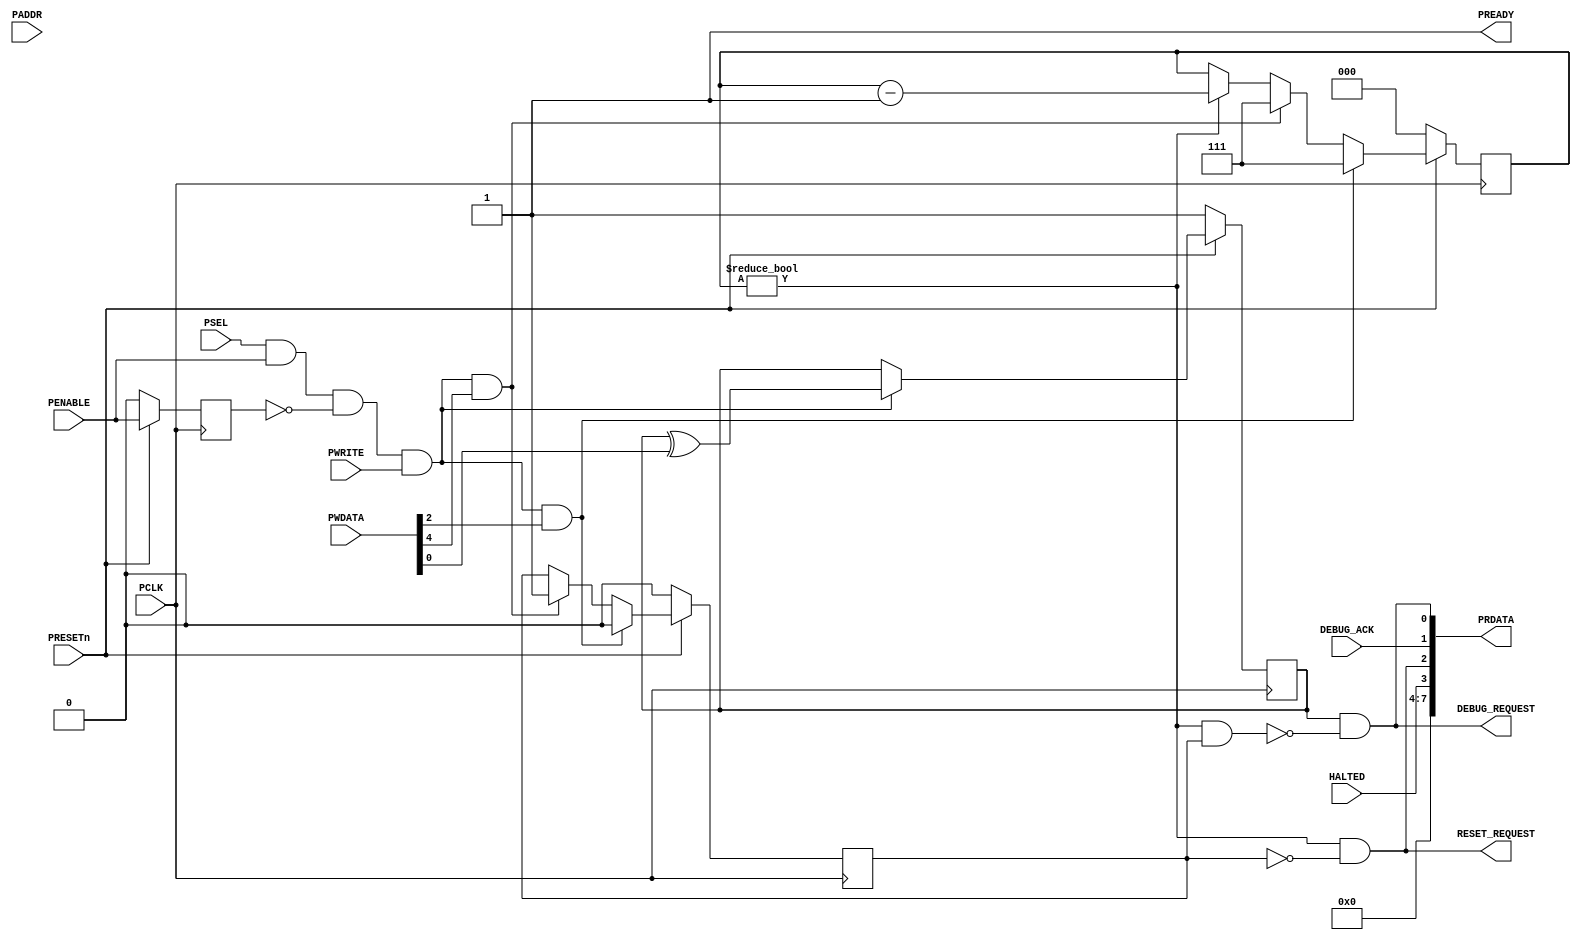
module status_reg(
  input wire         PCLK,
  input wire         PRESETn,

  input wire         PSEL,
  input wire   [4:0] PADDR,
  input wire         PENABLE,
  input wire         PWRITE,
  input wire   [7:0] PWDATA,
  output wire  [7:0] PRDATA,
  output wire        PREADY,

  output wire        DEBUG_REQUEST,
  input wire         DEBUG_ACK,

  output wire        RESET_REQUEST,
  input wire         HALTED
);
  reg debug_request;
  always @(posedge PCLK)
    begin
      if (~PRESETn)
        debug_request <= 1'b1;
      else if (PSEL & PENABLE & ~previous_enable & PWRITE)
        debug_request <= debug_request ^ PWDATA[0];
    end

  localparam COUNTER_MODE_RESET = 1'b0;
  localparam COUNTER_MODE_STEP  = 1'b1;

  reg counter_mode;
  reg [2:0] counter;
  always @(posedge PCLK)
    begin
      if (~PRESETn)
        begin
          counter      <= 3'b0;
          counter_mode <= COUNTER_MODE_RESET;
        end
      else if (PSEL & PENABLE & ~previous_enable & PWRITE & PWDATA[2])
        begin
          counter_mode <= COUNTER_MODE_RESET;
          counter      <= 3'b111;
        end
      else if (PSEL & PENABLE & ~previous_enable & PWRITE & PWDATA[4])
        begin
          counter_mode <= COUNTER_MODE_STEP;
          counter      <= 3'b111;
        end
      else if (counter != 3'b0)
        begin
          counter <= counter - 1;
        end
    end

  assign RESET_REQUEST =  counter != 3'b000 && counter_mode == COUNTER_MODE_RESET;
  wire allow_debug_req = !(counter != 3'b000 && counter_mode == COUNTER_MODE_STEP);

  reg previous_enable;
  always @(posedge PCLK)
    begin
      if (~PRESETn)
        previous_enable <= 1'b0;
      else
        previous_enable <= PENABLE;
    end

  assign DEBUG_REQUEST = debug_request & allow_debug_req;
  assign PRDATA = {4'h0, HALTED, RESET_REQUEST, DEBUG_ACK, DEBUG_REQUEST};
  assign PREADY = 1'b1;
endmodule